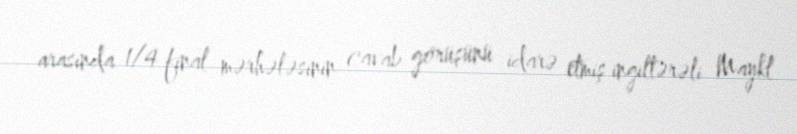
arasında 1/4 final mərhələsinin cavab görüşünü idarə etmiş ingiltərəli Maykl